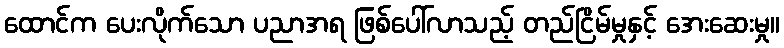
ထောင်က ပေးလိုက်သော ပညာအရ ဖြစ်ပေါ်လာသည့် တည်ငြိမ်မှုနှင့် အေးဆေးမှု။